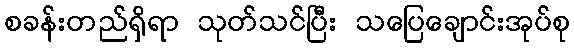
စခန်းတည်ရှိရာ သုတ်သင်ပြီး သပြေချောင်းအုပ်စု